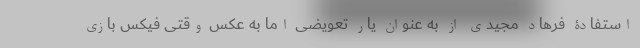
استفادۀ فرهاد مجیدی از به عنوان یار تعویضی اما به عکس وقتی فیکس بازی